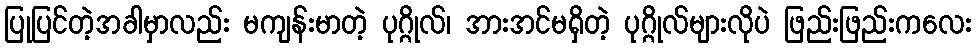
ပြုပြင်တဲ့အခါမှာလည်း မကျန်းမာတဲ့ ပုဂ္ဂိုလ်၊ အားအင်မရှိတဲ့ ပုဂ္ဂိုလ်များလိုပဲ ဖြည်းဖြည်းကလေး